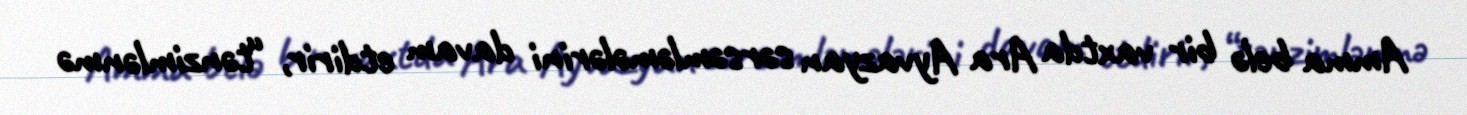
Amma belə bir vaxtda Ara Ayvazyan sərsəmləmələrini davam etdirir, “tənzimlənmə